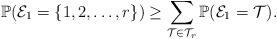
LaTeX: \begin{align*}\mathbb{P}({\cal E}_1 = \{1,2,\ldots,r\}) \geq \sum_{{\cal T} \in {\cal T}_r} \mathbb{P}({\cal E}_1 = {\cal T}).\end{align*}